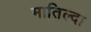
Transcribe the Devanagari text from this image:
मातिल्दा